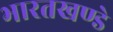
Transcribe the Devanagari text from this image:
भारतखण्डे